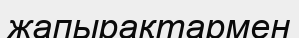
жапырақтармен